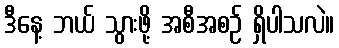
ဒီနေ့ ဘယ် သွားဖို့ အစီအစဉ် ရှိပါသလဲ။